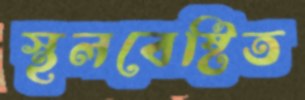
স্থলবেষ্টিত